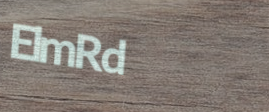
ElmRd